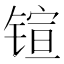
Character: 𲈎